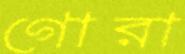
গোরা